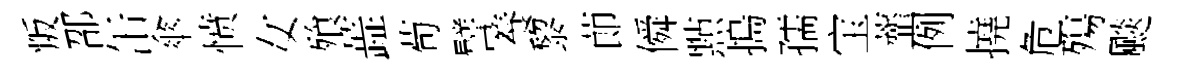
叛邵缶傘愤女飱蕋苟譬養黎莭僢㸃搗孺宝虀例撓危殤颷